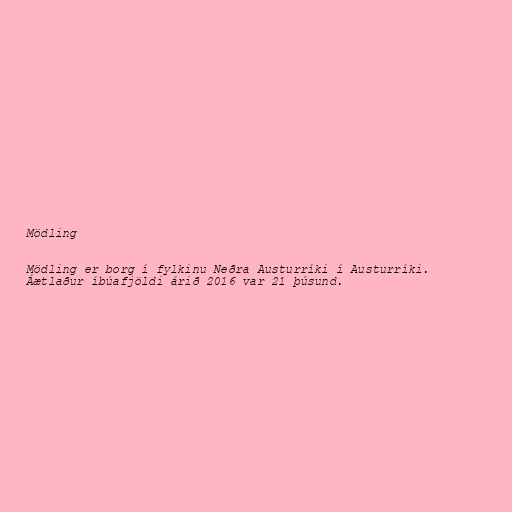
Mödling

Mödling er borg í fylkinu Neðra Austurríki í Austurríki.
Áætlaður íbúafjöldi árið 2016 var 21 þúsund.